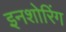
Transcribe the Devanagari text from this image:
इनशोरिंग